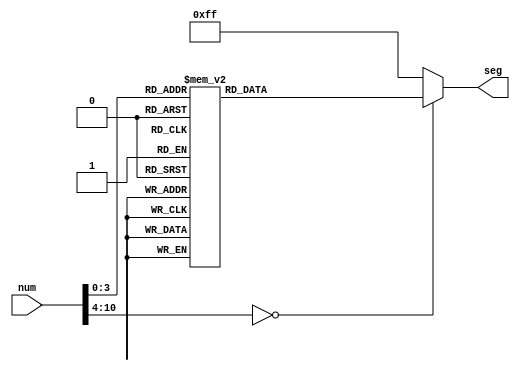
`timescale 1ns / 1ps

module seven_seg(
    input [10:0]num, 
    output reg[7:0] seg
);

always @(num)
  begin 
      case(num)
        0 : seg = 8'b00000011;
        1 : seg = 8'b10011111;
        2 : seg = 8'b00100101;
        3 : seg = 8'b00001101;
        4 : seg = 8'b10011001;
        5 : seg = 8'b01001001;
        6 : seg = 8'b01000001;
        7 : seg = 8'b00011111;
        8 : seg = 8'b00000001;
        9 : seg = 8'b00001001;
        11: seg = 8'b11111101;
        default : seg = 8'b11111111;
    endcase
  end

endmodule